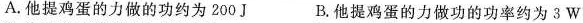
A.他提鸡蛋的力做的功约为200J B.他提鸡蛋的力做功的功率约为3W